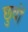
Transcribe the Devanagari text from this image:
छुवों